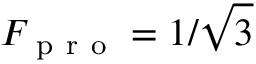
F _ { \mathrm { ~ p ~ r ~ o ~ } } = 1 / \sqrt { 3 }